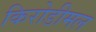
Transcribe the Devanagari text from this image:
किरोडीमल